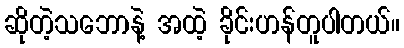
ဆိုတဲ့သဘောနဲ့ အထဲ့ ခိုင်းဟန်တူပါတယ်။